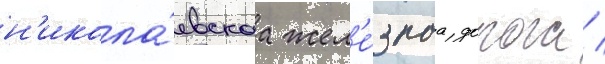
н'икола́евскаа жел'е́знаа дорога /